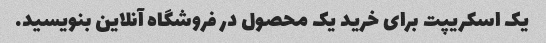
یک اسکریپت برای خرید یک محصول در فروشگاه آنلاین بنویسید.